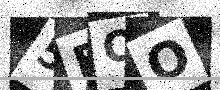
Text: 5FOO